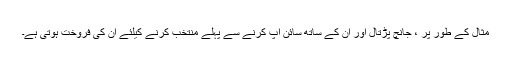
مثال کے طور پر ، جانچ پڑتال اور ان کے ساتھ سائن اپ کرنے سے پہلے منتخب کرنے کیلئے ان کی فروخت ہوتی ہے۔